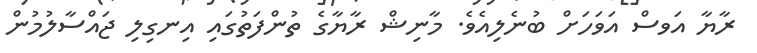
ރާޔާ އަވސް އަވަހަށް ބުނެލިއެވެ. މާނިޝް ރާޔާގެ ތުންފަތުގައި އިނގިލި ޖައްސާލުމުން